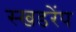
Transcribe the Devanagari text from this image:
स्खडरेंप